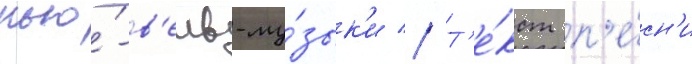
нью́-в'еив-му́зык'и // Т'е́кст п'е́сн'и